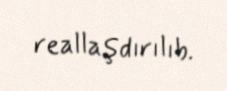
reallaşdırılıb.